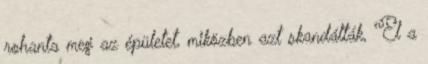
rohanta meg az épületet, miközben azt skandálták, "El a